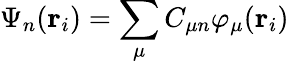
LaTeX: \Psi_{n}(\mathbf{r}_{i})=\sum_{\mu}C_{\mu n}\varphi_{\mu}(\mathbf{r}_{i})